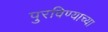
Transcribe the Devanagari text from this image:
पुरविण्याच्या